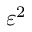
\varepsilon ^ { 2 }